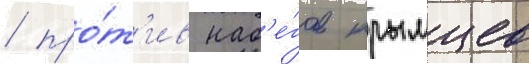
/ про́т'ив наб'е́гов крымцев